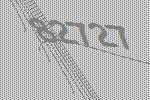
82727